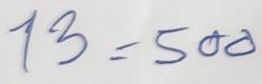
13 = 500